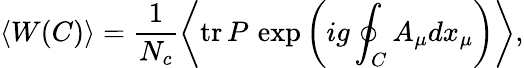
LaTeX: \left<W(C)\right>=\frac{1}{N_{c}}\left<\mathrm{tr}{\, }P{\, }\exp\left(ig\oint_{C}^{}A_{\mu}dx_{\mu}\right)\right>,